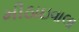
મીઠાઇવાલા